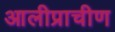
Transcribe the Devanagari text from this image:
आलीप्राचीण